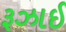
રૂઝાઈ